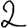
Digit: 2